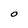
Character: O